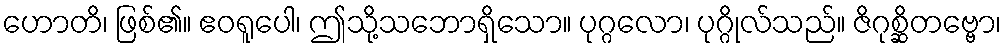
ဟောတိ၊ ဖြစ်၏။ ဧဝရူပေါ၊ ဤသို့သဘောရှိသော။ ပုဂ္ဂလော၊ ပုဂ္ဂိုလ်သည်။ ဇိဂုစ္ဆိတဗ္ဗော၊